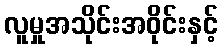
လူမှုအသိုင်းအဝိုင်းနှင့်